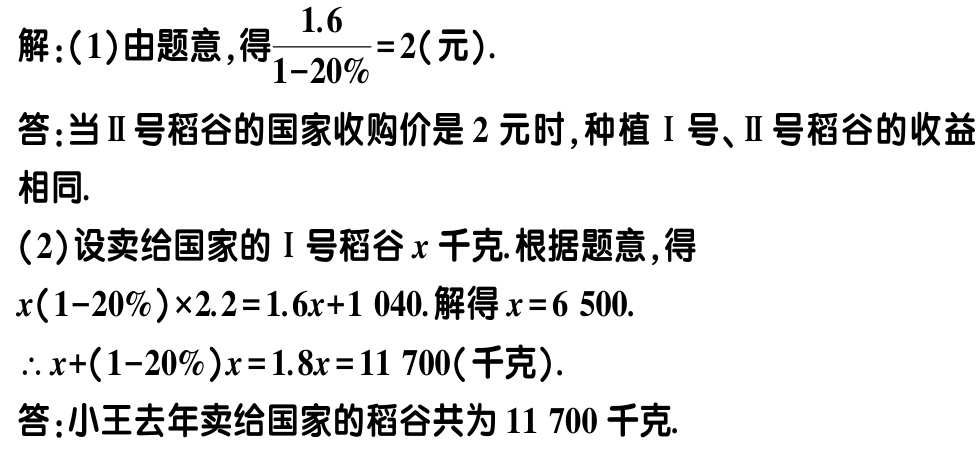
解：(1)由题意，得$\frac{1.6}{1 - 20\%}=2$(元).
答：当Ⅱ号稻谷的国家收购价是 2 元时,种植Ⅰ号、Ⅱ号稻谷的收益相同.
(2)设卖给国家的Ⅰ号稻谷\(x\)千克.根据题意,得
\(x(1 - 20\%)×2.2 = 1.6x + 1040\).解得\(x = 6500\).
\(\therefore x+(1 - 20\%)x = 1.8x = 11700\)(千克).
答：小王去年卖给国家的稻谷共为 11 700 千克.